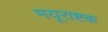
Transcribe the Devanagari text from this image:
मयूराष्टक